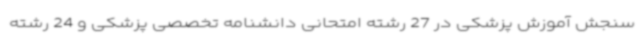
سنجش آموزش پزشکی در 27 رشته امتحانی دانشنامه تخصصی پزشکی و 24 رشته